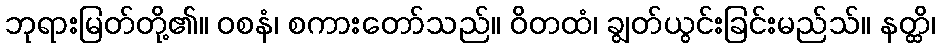
ဘုရားမြတ်တို့၏။ ဝစနံ၊ စကားတော်သည်။ ဝိတထံ၊ ချွတ်ယွင်းခြင်းမည်သ်။ နတ္ထိ၊